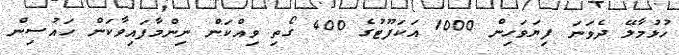
ހުޅުމާލޭ ދެވަނަ ފިޔަވަހިން 1000 އަކަފޫޓުގެ 400 ގޯތި ވިއްކަން ނިންމާފައިވާކަން ހައުސިން